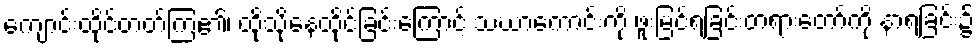
ကျောင်းထိုင်တတ်ကြ၏၊ ထိုသို့နေထိုင်ခြင်းကြောင့် သံဃာကောင်းကို ဖူးမြင်ရခြင်းတရားတော်ကို နာရခြင်း၌